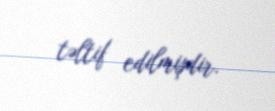
təltif edilmişdir.